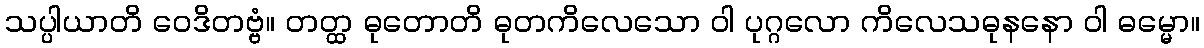
သပ္ပါယာတိ ဝေဒိတဗ္ဗံ။ တတ္ထ ဓုတောတိ ဓုတကိလေသော ဝါ ပုဂ္ဂလော ကိလေသဓုနနော ဝါ ဓမ္မော။